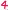
Text: 4